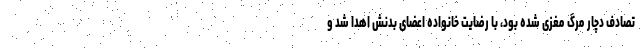
تصادف دچار مرگ مغزی شده بود، با رضایت خانواده اعضای بدنش اهدا شد و